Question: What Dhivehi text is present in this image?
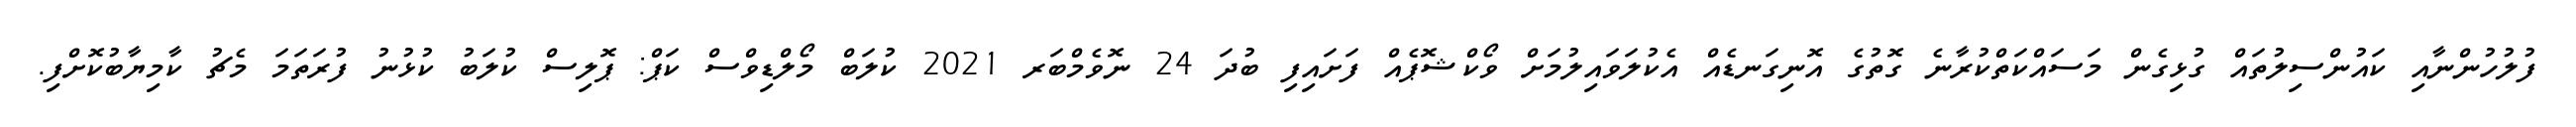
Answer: ފުލުހުންނާއި ކައުންސިލުތައް ގުޅިގެން މަސައްކަތްކުރާނެ ގޮތުގެ އޮނިގަނޑެއް އެކުލަވައިލުމަށް ވޯކްޝޮޕެއް ފަށައިފި ބުދަ 24 ނޮވެމްބަރ 2021 ކުލަބް މޯލްޑިވްސް ކަޕް: ޕޮލިސް ކުލަބު ކުޅުނު ފުރަތަމަ މެޗު ކާމިޔާބުކޮށްފި.